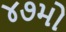
૪૭મો